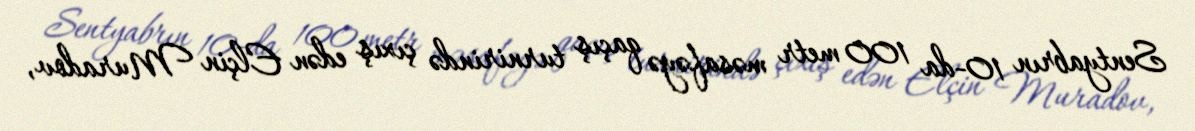
Sentyabrın 10-da 100 metr məsafəyə qaçış turnirində çıxış edən Elçin Muradov,